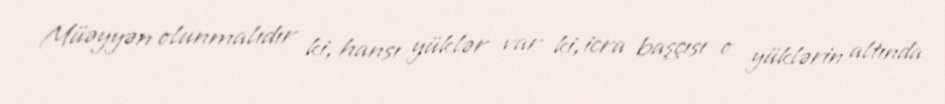
Müəyyən olunmalıdır ki, hansı yüklər var ki, icra başçısı o yüklərin altında